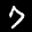
Label: 7